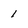
Character: 1